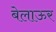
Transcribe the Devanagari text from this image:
बेलाऊर